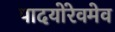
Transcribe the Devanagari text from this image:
पादयोरेवमेव